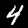
Digit: 4